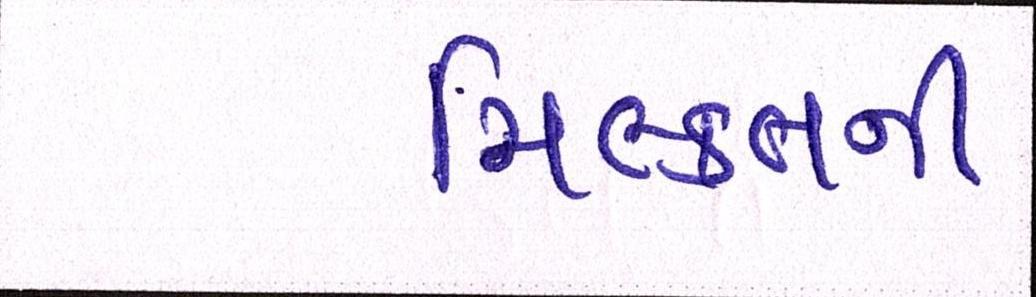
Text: મિલ્કતની